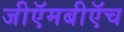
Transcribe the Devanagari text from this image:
जीऍमबीऍच